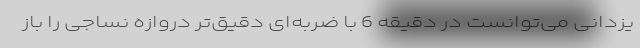
یزدانی می‌توانست در دقیقه 6 با ضربه‌ای دقیق‌تر دروازه نساجی را باز